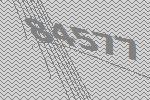
84577